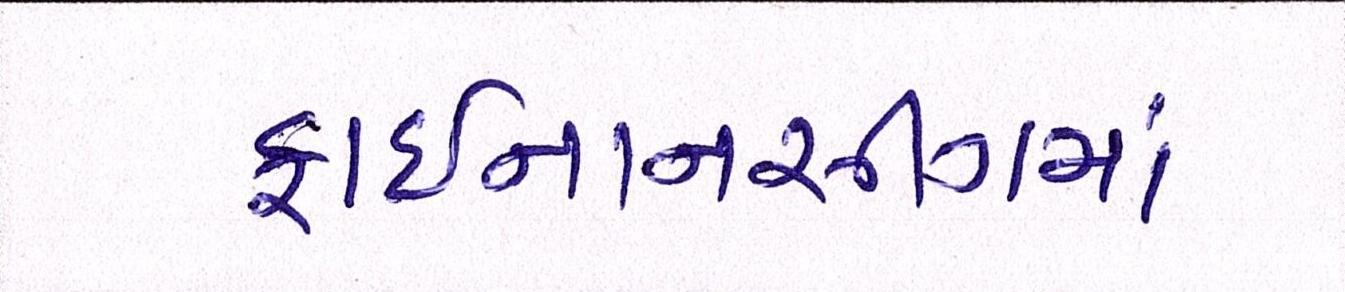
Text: ફાઈનાનસીંગમાં